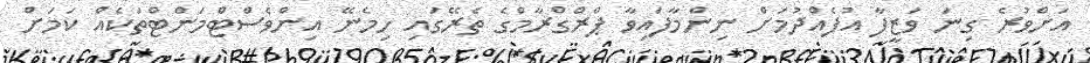
އަށްވުރެ ގިނަ ވަޒީފާ އުފެއްދުމަށް ނިންމާފައިވާ ޕްރްގްރާމްގެ ތެރޭގައި ހިމެނޭ އިންވެސްޓްމަންޓްތަކެއް ކަމަށް